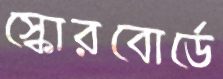
স্কোরবোর্ডে